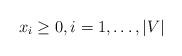
LaTeX: \begin{align*}x_i \ge 0 ,i = 1, \ldots ,|V|\end{align*}